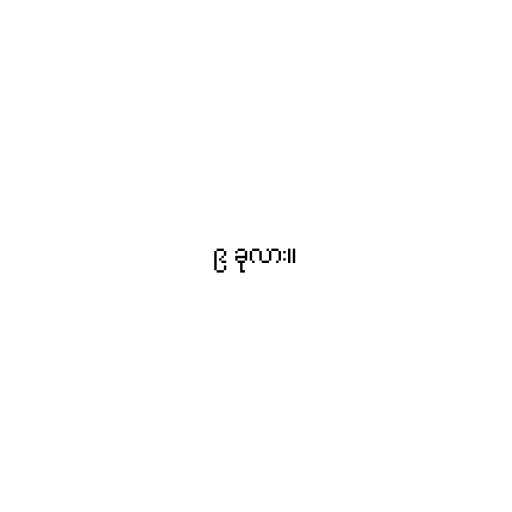
၉ ခုလား။